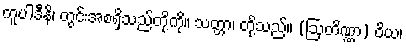
ကူပါဒီနိ၊ တွင်းအစရှိသည်တို့ကို။ သတ္တာ၊ တို့သည်။ (ဩတိဏ္ဏာ) ဝိယ၊